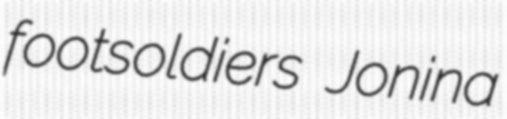
footsoldiers Jonina